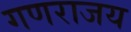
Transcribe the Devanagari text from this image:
गणराजय